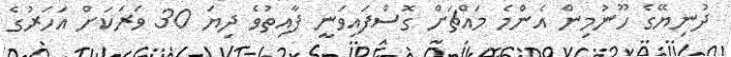
ދުނިޔޭގެ ހޫނުމިން އެންމެ މައްޗަށް ގޮސްފައިވަނީ ފާއިތުވެ ދިޔަ 30 ވަރަކަށް އަހަރުގެ